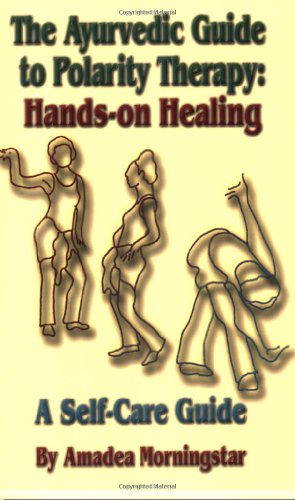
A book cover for The Ayurvedic Guide to Polarity Therapy: Hands-on Healing  A Self-Care Guide; Amadea Morningstar; Health, Fitness & Dieting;